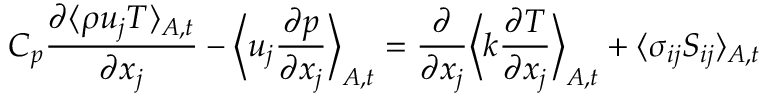
C _ { p } \frac { \partial \langle \rho u _ { j } T \rangle _ { A , t } } { \partial x _ { j } } - \Big \langle u _ { j } \frac { \partial p } { \partial x _ { j } } \Big \rangle _ { A , t } = \frac { \partial } { \partial x _ { j } } \Big \langle k \frac { \partial T } { \partial x _ { j } } \Big \rangle _ { A , t } + \langle \sigma _ { i j } S _ { i j } \rangle _ { A , t }